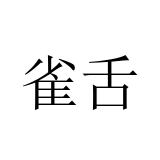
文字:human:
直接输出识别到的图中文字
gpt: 雀舌